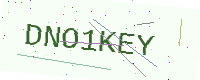
Text: DNO1KEY